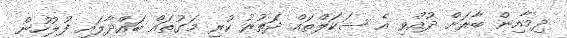
ދިމާއިން ބާރަށް ދުއްވި އެ ސަކަލްތައް ދަތުރު ކުރި މަގުތައް ބައްދާލައި ފުލުހުން